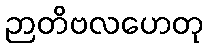
ဉာတိဗလဟေတု